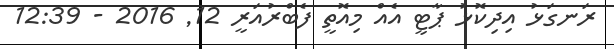
ރަނގަޅު އިދިކޮޅު ޕާޓީ އެއް މިއޮތީ ފެބްރުއަރީ 12